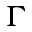
\Gamma